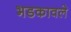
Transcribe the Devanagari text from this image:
भडकावले